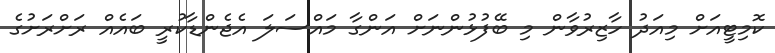
ކޮމިޓީއަށް މިއަދު ހާޒިރުވާން މި ބޭފުޅުންނަށް އަންގާ މައްސަލަ އެޖެންޑާކުރީ ބައެއް ރަށްރަށުގެ